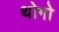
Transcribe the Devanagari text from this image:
थोगो